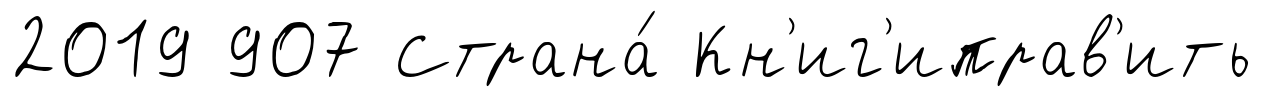
2019 907 Страна́ Кн'иг'иправ'ить